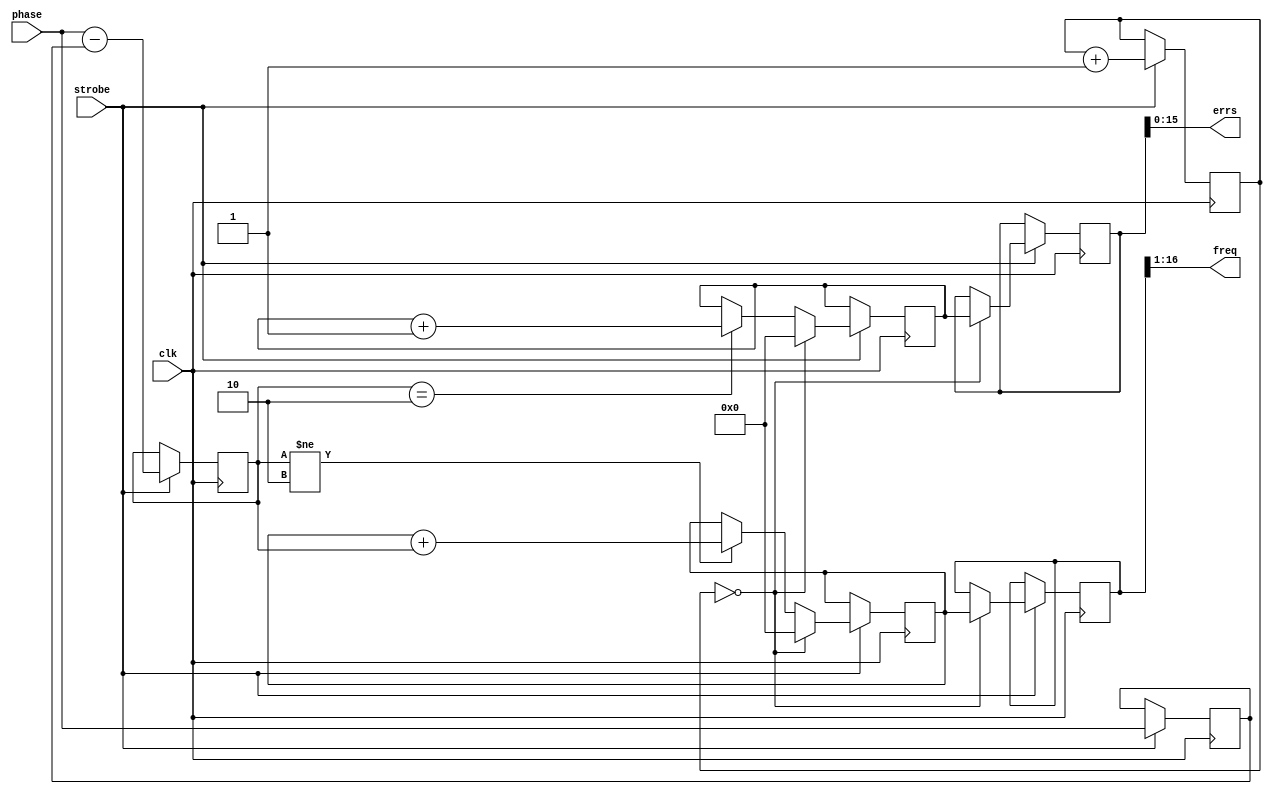
`timescale 1ns / 1ns

module freq(
	input clk,
	input strobe,
	input [1:0] phase,
	output signed [15:0] freq,
	output [15:0] errs
);

parameter ref_len=17;

reg [1:0] old_phase=0, phase_diff=0;
always @(posedge clk) if (strobe) begin
	old_phase <= phase;
	phase_diff <= phase - old_phase;
end

// 17-bit reference counter, in SPX context with strobes
// arriving at 1.63 MHz, and recording quarter-turn events,
// gives a frequency resolution of 3.1 Hz, updated 12 times
// per second.
reg [16:0] ref_cnt=0;
reg signed [16:0] phase_cnt=0, phase_read=0;
reg [16:0] err_cnt=0, err_read=0;
always @(posedge clk) if (strobe) begin
	if (phase_diff != 2'b10) phase_cnt <= phase_cnt + $signed(phase_diff);
	if (phase_diff == 2'b10) err_cnt <= err_cnt+1;
	if (ref_cnt[ref_len-1:0]==0) begin
		phase_read <= phase_cnt;  phase_cnt <= 0;
		err_read <= err_cnt;  err_cnt <= 0;
	end
	ref_cnt <= ref_cnt+1;
end

// Drop one (mostly noise) bit on readout, so 1 bit represents 6.2 Hz
// If error counter is more than a handful, its exact value doesn't matter.
assign freq=phase_read[16:1];
assign errs=err_read[15:0];

endmodule